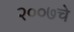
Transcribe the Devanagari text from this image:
२००७चे